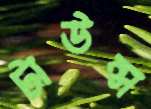
টাউন্স